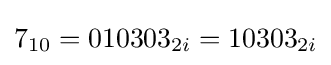
7_{10}=010303_{2i}=10303_{2i}